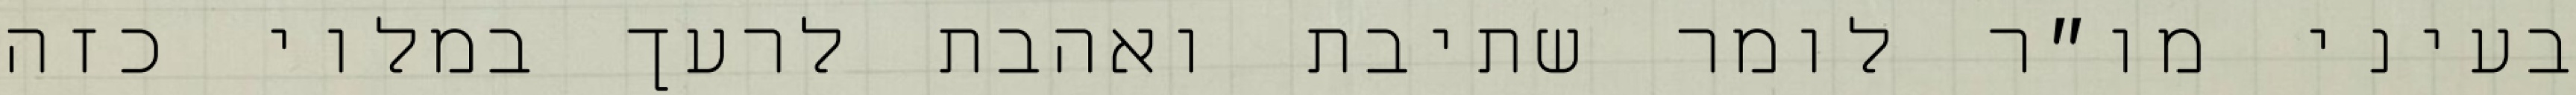
בעיני מו״ר לומר שתיבת ואהבת לרעך במלוי כזה